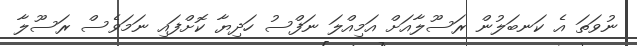
ނުވަތަ އެ ކަނބަލުން ރަސޫލާއަށް އަމިއްލަ ނަފްސު ހަދިޔާ ކޮށްފައި ނަމަވެސް ރަސޫލާ